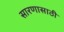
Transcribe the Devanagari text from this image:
सारणासाठी